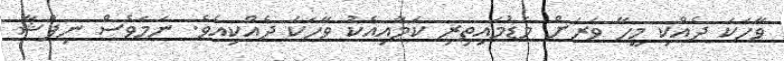
ވާހަކަ ދެއްކި މީހާ ވަރަށް މަޑުމައިތިރި ކަމާއިއެކު ވާހަކަ ދެއްކިއެވެ. ނަމަވެސް ނިފްޝާ